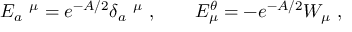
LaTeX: E _ { a } \ ^ { \mu } = e ^ { - A / 2 } \delta _ { a } \ ^ { \mu } ~ , \qquad E _ { \mu } ^ { \theta } = - e ^ { - A / 2 } W _ { \mu } ~ ,